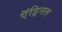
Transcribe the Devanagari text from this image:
ऍड्रिनल